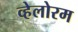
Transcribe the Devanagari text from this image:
व्हेलोरम